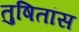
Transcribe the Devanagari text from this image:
तुषितांस